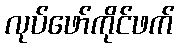
လုပ်ဖော်ကိုင်ဖက်